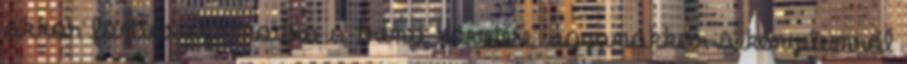
akkor fontos számodra a trend követése, ugyanakkor a kényelemről